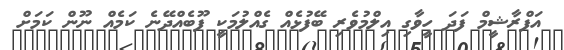
އަފްރާޝީމް ފަދަ ހީވާގި އިލްމުވެރި ބޭފުޅެއް ގެއްލުމަކީ ފޫބެއްދޭނެ ކަމެއް ނޫން ކަމަށް